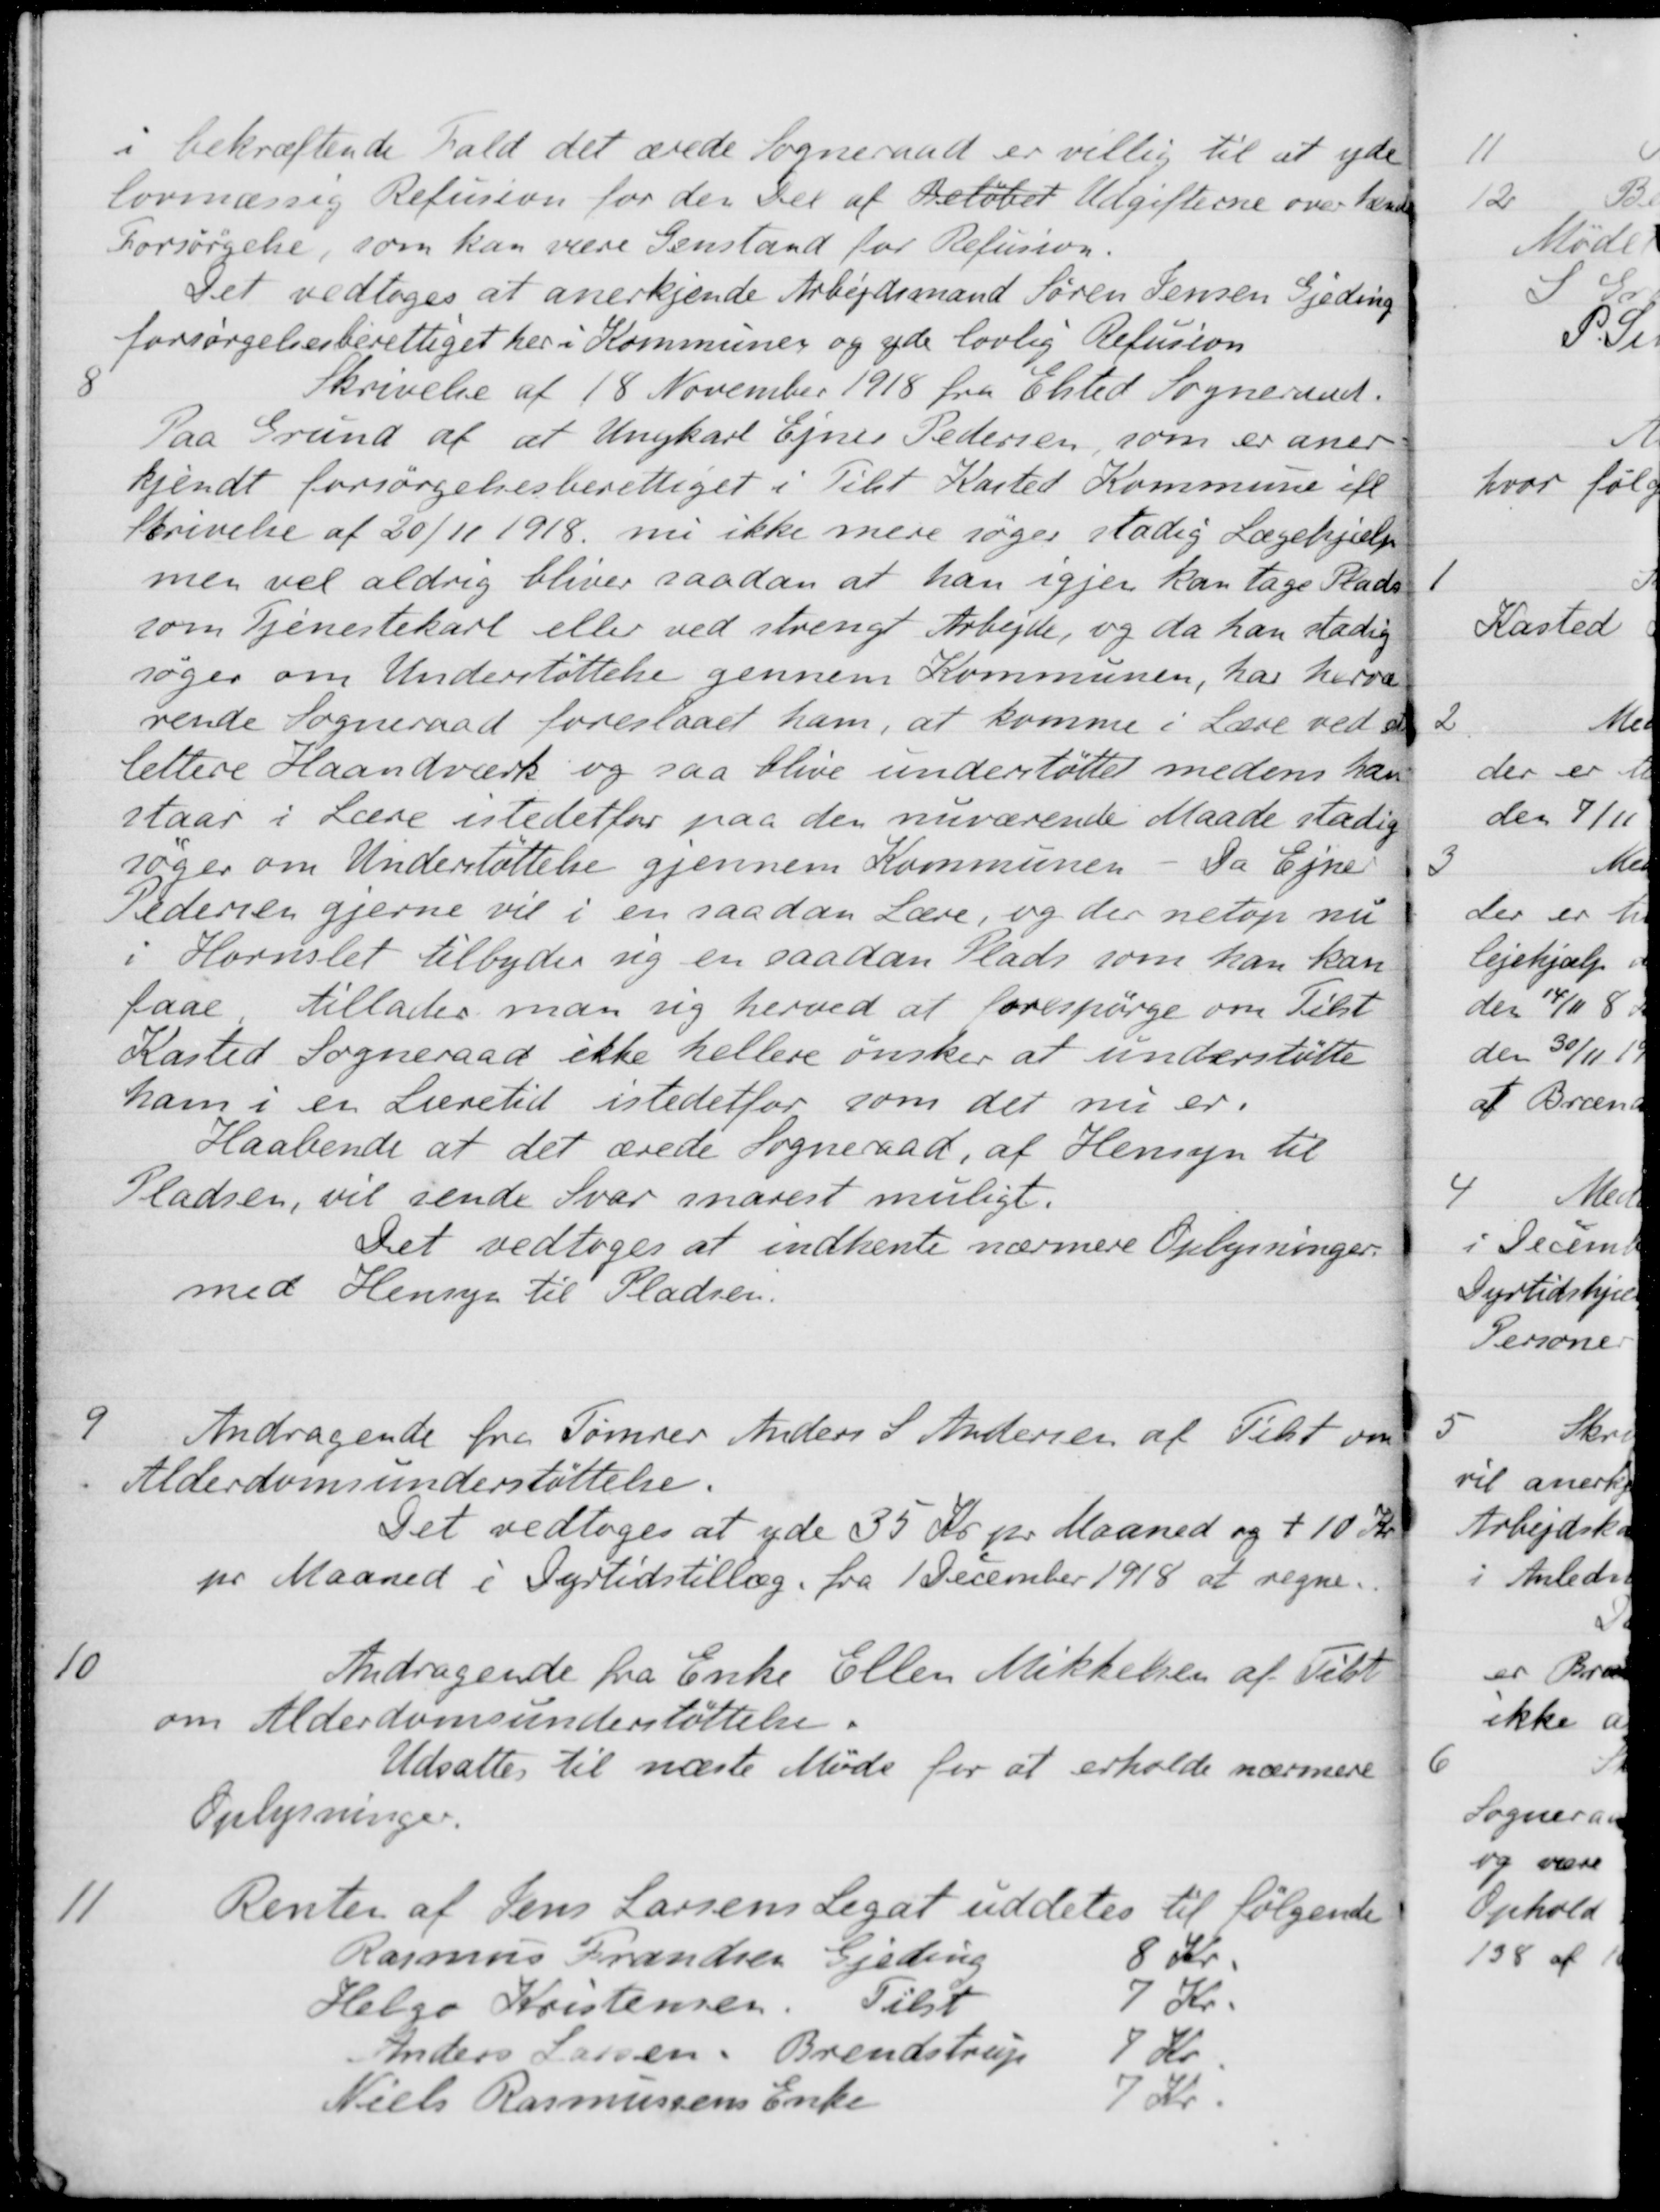
Transskription:
i bekræftende Fald det ærede Sogneraad er villig til at yde
lovmæssig Refusion for den Del af Beløbet Udgifterne over hendes
Forsørgelse, som kan være Genstand for Refusion.
Det vedtoges at anerkjende Arbejdsmand Søren Jensen Gjeding
forsørgelsesberettiget her i Kommuner og yde lovlig Refusion
8
Skrivelse af 18 November 1918 fra Elsted Sogneraad.
Paa Grund af at Ungkarl Ejner Pedersen, som er aner-
kjendt forsørgelsesberettiget i Tilst Kasted Kommune ifl
Skrivelse af 20/11 1918 nu ikke mere søger stadig Lægehjælp
men vil aldrig bliver saadan at han igjen kan tage Plads
som Tjenestekarl eller ved strengt Arbejde, og da han stadig
søger om Understøttelse gennem Kommunen, har hervæ-
rende Sogneraad foreslaaet ham, at komme i Lære ved et
lettere Haandværk og saa blive understøttet medens han
staar i Lære istedetfor paa den nuværende Maade stadig
søger om Understøttelse gjennem Kommunen
Da Ejner
Pedersen gjerne vil i en saadan Lære, og der netop nu
i Hornslet tilbyder sig en saadan Plads som han kan
faae tillader man sig herved at forespørge om Tilst
Kasted Sogneraad ikke hellere ønsker at understøtte
ham i en Læretid istedetfor som det nu er.
Haabende at det ærede Sogneraad, af Hensyn til
Pladsen, vil sende Svar snarest muligt.
Det vedtoges at indhente nærmere Oplysninger:
med Hensyn til Pladsen.
9
Andragende fra Tømrer Anders S. Andersen af Tilst om
Alderdomsunderstøttelse.
Det vedtoges at yde 35 Kr pr Maaned og + 10 Kr.
pr Maaned i Dyrtidstillæg fra 1 December 1918 at regne.
10
Andragende fra Enke Ellen Mikkelsen af Tilst
om Alderdomsunderstøttelse.
Udsattes til næste Møde for at erholde nærmere
Oplysninger.
11
Renten af Jens Larsens Legat uddetes til følgende
Rasmus Frandsen Gjeding
8 Kr.
Helge Kristensen. Tilst
Tilst
7 Kr.
Anders Larsen
Brendstrup
7 Kr
Niels Rasmussens Enke
7 Kr.